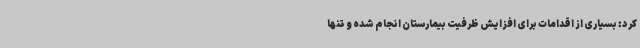
کرد: بسیاری از اقدامات برای افزایش ظرفیت بیمارستان انجام شده و تنها